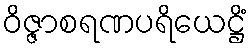
ဝိဇ္ဇာစရဏပရိယေဋ္ဌိံ